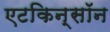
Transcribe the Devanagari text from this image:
एटकिन्सॉन